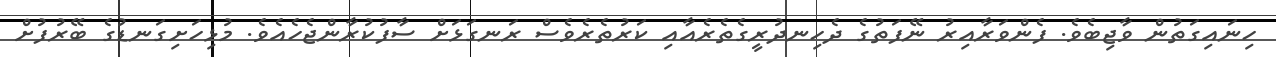
ހިނައިގަތުން ވާޖިބެވެ. ފެންވަރާއިރު ނޭފަތުގެ ދެހިނދުރީގެތެރެއާއި ކަރުތެރެވެސް ރަނގަޅަށް ސާފުކުރާންޖެހެއެވެ. މުޅިހަށިގަނޑުގެ ބޭރުފުށް